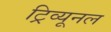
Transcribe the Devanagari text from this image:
ट्रिव्यूनल